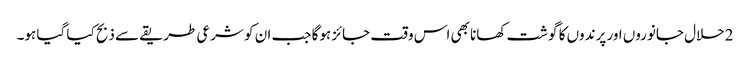
2حلال جانوروں اور پرندوں کا گوشت کھانا بھی اس وقت جائز ہوگا جب ان کو شرعی طریقے سے ذبح کیا گیا ہو۔